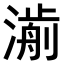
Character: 𣾅